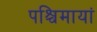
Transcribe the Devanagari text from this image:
पश्चिमायां